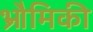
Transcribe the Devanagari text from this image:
भ्रौमिकी